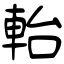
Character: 軩